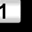
Digit: 1